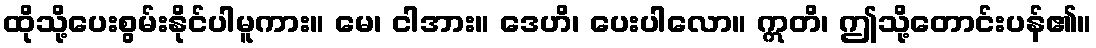
ထိုသို့ပေးစွမ်းနိုင်ပါမူကား။ မေ၊ ငါအား။ ဒေဟိ၊ ပေးပါလော။ ဣတိ၊ ဤသို့တောင်းပန်၏။